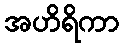
အဟိရိကာ